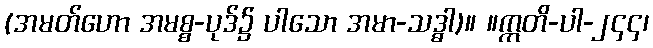
(အမတ်ဟော အမစ္စ-ပုဒ်၌ ပါသော အမာ-သဒ္ဓါ)။ ။ဣတိ-ပါ-၂၄၄၊